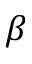
\beta